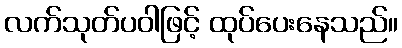
လက်သုတ်ပဝါဖြင့် ထုပ်ပေးနေသည်။